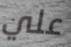
علي